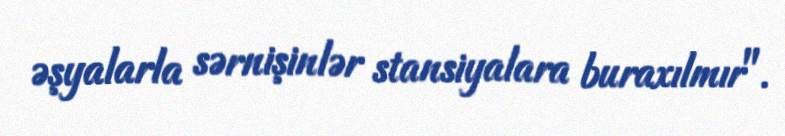
əşyalarla sərnişinlər stansiyalara buraxılmır".